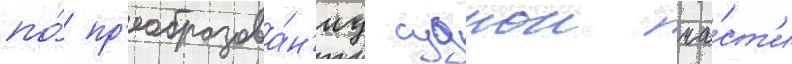
по́ пр'еобразова́н'иу суднои ча́ст'и